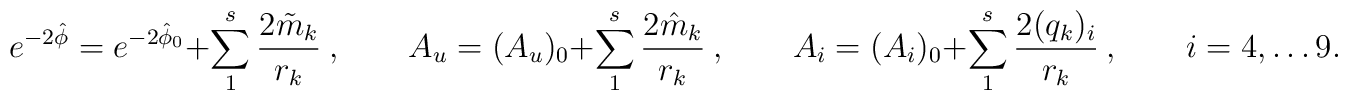
e^{-2\hat \phi}=e^{-2\hat \phi_0} +   \sum_1^s {2\tilde m_k\over r_k}\ ,\qquad A_u = (A_u)_0 +\sum_1^s {2\hat m_k\over r_k}\ , \qquad A_i = (A_i)_0 + \sum_1^s {2 (q_k)_i\over r_k}\ ,\qquad i=4, \dots 9.